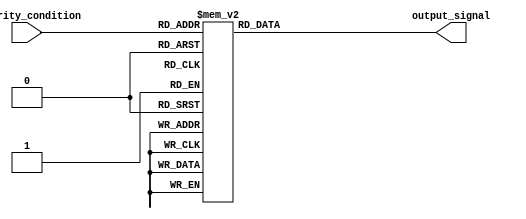
module priority_case_example(
    input wire [2:0] priority_condition,
    output wire [3:0] output_signal
    );

    always @* begin
        case(priority_condition)
            3'b000: output_signal = 4'b0000; // Priority 1
            3'b001: output_signal = 4'b0001; // Priority 2
            3'b010: output_signal = 4'b0010; // Priority 3
            3'b011: output_signal = 4'b0011; // Priority 4
            3'b100: output_signal = 4'b0100; // Priority 5
            3'b101: output_signal = 4'b0101; // Priority 6
            3'b110: output_signal = 4'b0110; // Priority 7
            3'b111: output_signal = 4'b0111; // Priority 8
            default: output_signal = 4'b1111; // Default case if none of the priorities are met
        endcase
    end

endmodule